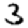
Digit: 3